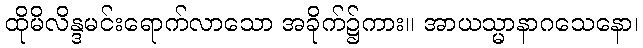
ထိုမိလိန္ဒမင်းရောက်လာသော အခိုက်၌ကား။ အာယသ္မာနာဂသေနော၊